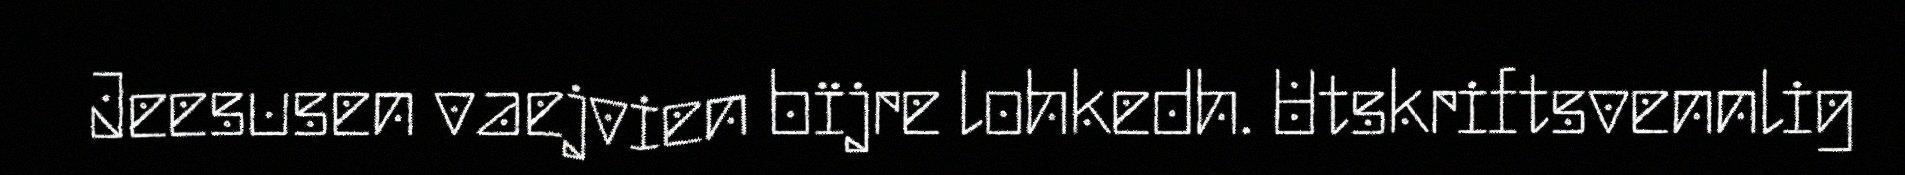
Jeesusen vaejvien bïjre lohkedh. Utskriftsvennlig